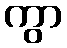
ကွာ